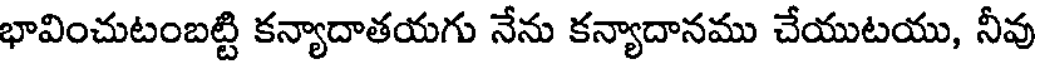
భావించుటంబట్టి కన్యాదాతయగు నేను కన్యాదానము చేయుటయు, నీవు